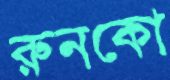
রুনকো